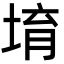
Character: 堉